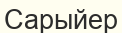
Сарыйер